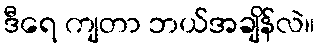
ဒီရေ ကျတာ ဘယ်အချိန်လဲ။